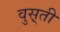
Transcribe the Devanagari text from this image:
वुस़्ती